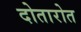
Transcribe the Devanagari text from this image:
दोतारोत